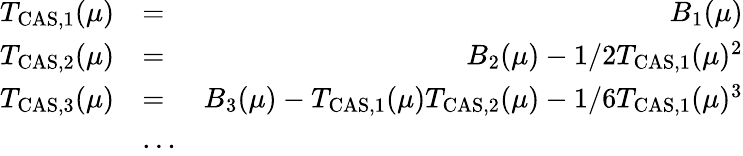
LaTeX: \begin{array}{rlr}{T_{\mathrm{CAS,1}}(\mu)}&{=}&{B_{1}(\mu)}\\ {T_{\mathrm{CAS,2}}(\mu)}&{=}&{B_{2}(\mu)-1/2T_{\mathrm{CAS,1}}(\mu)^{2}}\\ {T_{\mathrm{CAS,3}}(\mu)}&{=}&{B_{3}(\mu)-T_{\mathrm{CAS,1}}(\mu)T_{\mathrm{CAS,2}}(\mu)-1/6T_{\mathrm{CAS,1}}(\mu)^{3}}\\ &{\ldots}&\end{array}